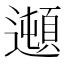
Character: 𲆁